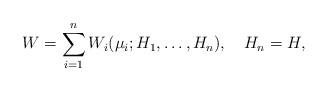
LaTeX: \begin{align*}W=\sum_{i=1}^nW_i({\mu}_i;H_1,\ldots,H_n),\quad H_n=H,\end{align*}